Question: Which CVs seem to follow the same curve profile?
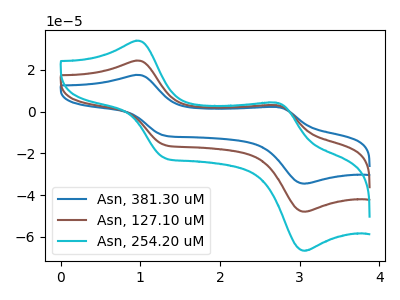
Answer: <think>The blue curve "Asn, 381.30 uM" has anodic peaks at (0.95V, 48.85uA) (2.70V, 6.15uA) and cathodic peaks at (1.30V, -31.90uA) (3.05V, -95.85uA). The brown curve "Asn, 127.10 uM" has anodic peaks at (0.95V, 24.45uA) (2.70V, 3.10uA) and cathodic peaks at (1.30V, -15.95uA) (3.05V, -47.95uA). The cyan curve "Asn, 254.20 uM" has anodic peaks at (0.95V, 33.95uA) (2.70V, 4.30uA) and cathodic peaks at (1.30V, -22.20uA) (3.05V, -66.60uA).
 All the peaks in "Asn, 381.30 uM" have a peak in "Asn, 127.10 uM" at the same potential. Every peak in "Asn, 381.30 uM" is higher than every peak in "Asn, 127.10 uM". All the peaks in "Asn, 381.30 uM" have a peak in "Asn, 254.20 uM" at the same potential. Every peak in "Asn, 381.30 uM" is higher than every peak in "Asn, 254.20 uM". All the peaks in "Asn, 127.10 uM" have a peak in "Asn, 254.20 uM" at the same potential. Every peak in "Asn, 127.10 uM" is lower than every peak in "Asn, 254.20 uM".</think>
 <answer>"Asn, 254.20 uM", "Asn, 381.30 uM" and "Asn, 127.10 uM" have the same shape and are likely CV's of the same chemical.</answer>
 <eval>"Asn, 254.20 uM" "Asn, 381.30 uM" "Asn, 127.10 uM"</eval>